Vaccination United Provinces of Agra and Oudh 1902-1913 - 1902-1913
Year: 1902
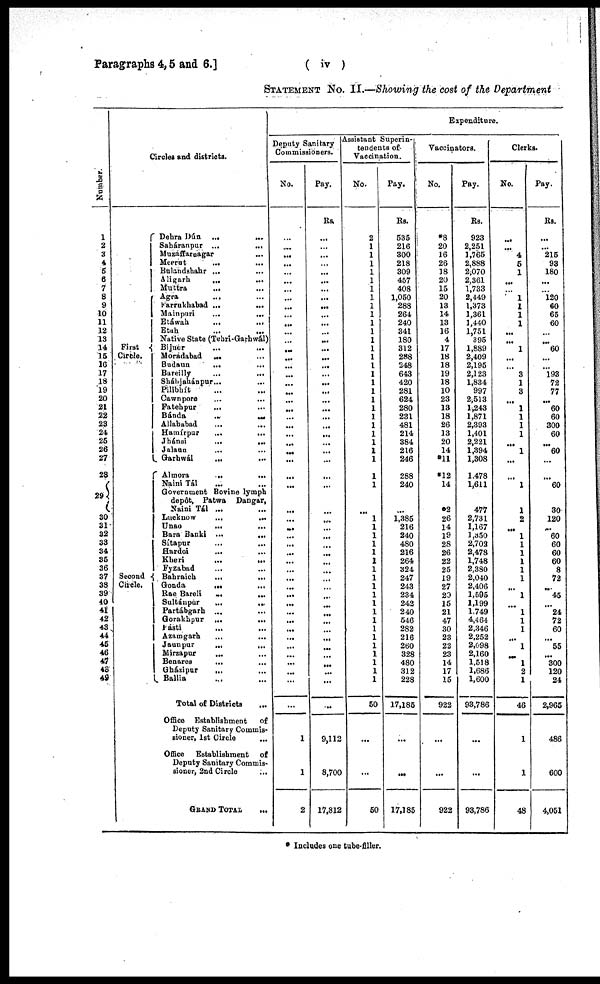
Paragraphs 4,5 and 6.]
( iv )
STATEMENT No. II.—Showing the cost of the Department
Number.
1
2
3
4
5
6
7
8
9
10
11
12
13
14
15
16
17
18
19
20
21
22
23
24
25
26
27
23
29
30
31
32
33
34
35
36
37
38
39
40
41
42
43
44
46
46
47
43
49
Circles and districts.
First
Circle.
Second
Circle.
Dehra Dún ...
Saháranpur ...
...
Muzaffarnagar ...
Meerut
...
Bulahdshahr ...
Aligarh
...
...
Muttra
...
Agra
...
Farrukhabad ...
...
Mainpuri
...
...
Etáwah ... ...
Etah ... ...
Native State (Tehri-Garhwál)
Bijnor ... ...
Moradabad ... ...
Budaun
... ...
Bareilly
...
...
Sháhjahánpur... ...
Pílibhít ... ...
Cawnpore
...
...
Fatehpur ... ...
Bánda
...
...
Allahabad ... ...
Hamírpur
...
...
Jhánsi
...
...
Jalaun ... ...
Garhwál
...
...
Altnora
... ...
Naini Tál ... ...
Government Bovine lymph
depôt, Patwa Dangar,
Naini Tál ...
Lucknow
...
...
Unao
...
...
Bara Banki ...
...
Sítapur ... ...
Hardoi ... ...
Kheri
...
...
Fyzabad ... ...
Bahraich
...
Gonda
...
...
Rae Bareli
...
...
Sultánpur
...
...
Partábgarh ... ...
Gorakhpur ...
...
Basti
... ...
Azamgarh
...
...
Jaunpur
...
...
Mirzapur
... ...
Benares
...
...
Gházipur
... ...
Ballia
Total of Districts ...
Office Establishment
of
Deputy Sanitary Commis-
sioner, 1st Circle
...
Office
Establishment of
Deputy Sanitary Commis-
sioner, 2nd Circle ...
GRAND TOTAL
...
Expenditure.
Deputy Sanitary
Commissioners.
No.
...
...
...
...
...
...
...
...
...
...
...
...
...
...
...
...
...
...
...
...
...
...
...
...
...
...
...
...
...
...
...
...
...
...
...
...
...
...
...
...
...
...
...
...
...
...
...
...
...
...
...
1
1
2
Pay.
Rs.
...
...
...
...
...
...
...
...
...
...
...
...
...
...
...
...
...
...
...
...
...
...
...
...
...
...
...
...
...
...
...
...
...
...
...
...
...
...
...
...
...
...
...
...
...
...
...
...
...
...
...
9,112
8,700
17,812
Assistant Superin-
tendents of
Vaccination.
No.
2
1
1
1
1
1
1
1
1
1
1
1
1
1
1
1
1
1
1
1
1
1
1
1
1
1
1
1
1
...
1
1
1
1
1
1
1
1
1
1
1
1
1
1
1
1
1
1
1
1
50
...
...
50
Pay.
Rs.
535
216
300
218
309
457
408
1,050
288
264
240
341
180
312
288
248
643
420
281
624
280
231
481
214
384
216
246
288
240
...
1,385
216
240
480
216
264
324
247
243
234
242
240
546
282
216
260
328
480
312
228
17,185
...
...
17,185
Vaccinators.
No.
*8
20
16
26
18
20
15
20
13
14
13
16
4
17
18
18
19
18
10
23
13
18
26
13
20
14
*11
*12
14
*2
26
14
19
28
26
22
25
19
27
20
15
21
47
30
23
22
23
14
17
15
922
...
...
922
Pay.
Rs.
923
2,251
1,765
2,888
2,070
2,361
1,733
2,449
1,373
1,361
1,440
1,751
395
1,889
2,409
2,195
2,123
1,834
997
2,513
1,243
1,871
2,393
1,401
2,221
1,394
1,308
1,478
1,611
477
2,731
1,167
1,350
2,702
2,478
1,748
2,380
2,040
2,406
1,595
1,199
1,749
4,464
2,346
2,252
2,098
2,160
1,518
1,686
1,600
93,786
...
...
93,786
Clerks.
No.
...
...
4
5
1
...
...
1
1
1
1
...
...
1
...
...
3
1
3
...
1
1
1
1
...
1
...
...
1
1
2
...
1
1
1
1
1
1
...
1
...
1
1
1
...
1
...
1
2
1
46
1
1
48
Pay.
Rs.
...
...
215
93
180
...
...
120
60
65
60
...
...
60
...
...
193
72
77
...
60
60
300
60
...
60
...
...
60
30
120
...
60
60
60
60
8
72
...
45
...
24
72
60
...
55
...
300
120
24
2,965
486
600
4,051
* Includes one tube-filler.